Report on vaccination in Madras 1904-1921 - 1904-1921
Year: 1904
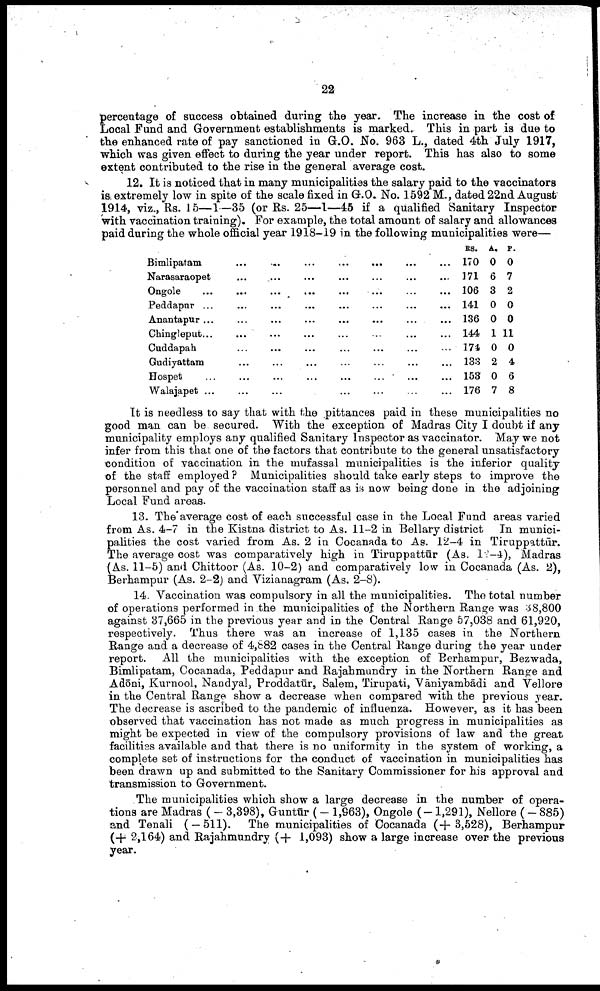
22
percentage of success obtained during the year. The increase in the cost of
Local Fund and Government establishments is marked. This in part is due to
the enhanced rate of pay sanctioned in G.O. No. 963 L., dated 4th July 1917,
which was given effect to during the year under report. This has also to some
extent contributed to the rise in the general average cost.
12. It is noticed that in many municipalities the salary paid to the vaccinators
is extremely low in spite of the scale fixed in G.O. No. 1592 M., dated 22nd August
1914, viz., Rs. 15—1—35 (or Rs. 25—1—45 if a qualified Sanitary Inspector
with vaccination training). For example, the total amount of salary and allowances
paid during the whole official year 1918-19 in the following municipalities were—
Bimlipatam... ... ... ... ... ... ... ...
Narasaraopet... ... ... ... ... ... ...
Ongole... ... ... ... ... ... ... ...
Peddapur... ... ... ... ... ... ...
Anantapur... ... ... ... ...
Chingleput... ... ...
...
Cuddapah... ... ... ... ...
Gudiyattam... ... ... ... ... ...
Hospet... ... ... ...
Walajapet... ... ... ...
RS.
170
171
106
141
136
144
174
133
153
176
A.
0
6
3
0
0
1
0
2
0
7
P.
0
7
2
0
0
11
0
4
6
8
It is needless to say that with the pittances paid in these municipalities no
good man can be secured. With the exception of Madras City I doubt if any
municipality employs any qualified Sanitary Inspector as vaccinator. May we not
infer from this that one of the factors that contribute to the general unsatisfactory
condition of vaccination in the mufassal municipalities is the inferior quality
of the staff employed ? Municipalities should take early steps to improve the
personnel and pay of the vaccination staff as is now being done in the adjoining
Local Fund areas.
13. The average cost of each successful case in the Local Fund areas varied
from As. 4-7 in the Kistna district to As. 11-2 in Bellary district In munici
palities the cost varied from As. 2 in Cocanada to As. 12-4 in Tiruppattūr.
The average cost was comparatively high in Tiruppattūr (As. 12-4), Madras
(As. 11-5) and Chittoor (As. 10-2) and comparatively low in Cocanada (As. 2),
Berhampur (As. 2-2) and Vizianagram (As. 2-8).
14. Vaccination was compulsory in all the municipalities. The total number
of operations performed in the municipalities of the Northern Range was 38,800
against 37,665 in the previous year and in the Central Range 57,038 and 61,920,
respectively. Thus there was an increase of 1,135 cases in the Northern
Range and a decrease of 4,882 cases in the Central Range during the year under
report. All the municipalities with the exception of Berhampur, Bezwada,
Bimlipatam, Cocanada, Peddapur and Rajahmundry in the Northern Range and
Adōni, Kurnool, Nandyal, Proddatūr, Salem, Tirupati, Vāniyambādi and Vellore
in the Central Range show a decrease when compared with the previous year.
The decrease is ascribed to the pandemic of influenza. However, as it has been
observed that vaccination has not made as much progress in municipalities as
might be expected in view of the compulsory provisions of law and the great
facilities available and that there is no uniformity in the system of working, a
complete set of instructions for the conduct of vaccination in municipalities has
been drawn up and submitted to the Sanitary Commissioner for his approval and
transmission to Government.
The municipalities which show a large decrease in the number of opera
tions are Madras (— 3,398), Guntūr (- 1,963), Ongole (-1,291), Nellore ( - 885)
and Tenali ( — 511). The municipalities of Cocanada (+3,528), Berhampur
(+ 2,164) and Rajahmundry (+ 1,093) show a large increase over the previous
year.